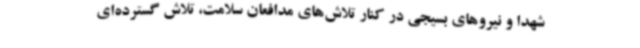
شهدا و نیروهای بسیجی در کنار تلاش‌های مدافعان سلامت، تلاش گسترده‌ای